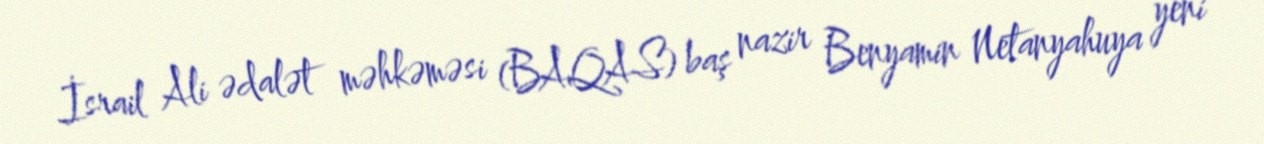
İsrail Ali ədalət məhkəməsi (BAQAS) baş nazir Benyamin Netanyahuya yeni